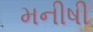
મનીષી